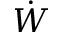
\dot { W }